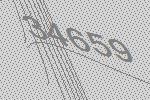
34659